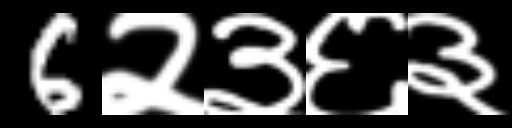
Text: 6२३६३